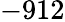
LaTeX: -912